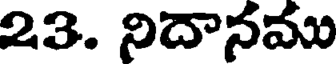
23. నిదానము